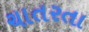
ચાતરતા